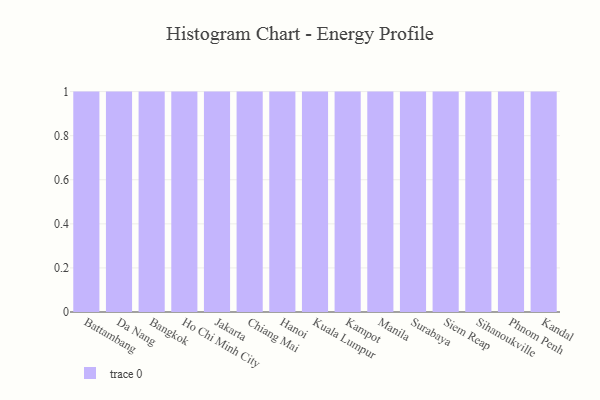
{"axis": {"x": "City", "y": "Customer Acquisition Cost (USD)"}, "legend": [""], "data": [{"x": "Battambang", "y": 90, "type": ""}, {"x": "Da Nang", "y": 95, "type": ""}, {"x": "Bangkok", "y": 56, "type": ""}, {"x": "Ho Chi Minh City", "y": 69, "type": ""}, {"x": "Jakarta", "y": 1, "type": ""}, {"x": "Chiang Mai", "y": 19, "type": ""}, {"x": "Hanoi", "y": 94, "type": ""}, {"x": "Kuala Lumpur", "y": 78, "type": ""}, {"x": "Kampot", "y": 76, "type": ""}, {"x": "Manila", "y": 2, "type": ""}, {"x": "Surabaya", "y": 62, "type": ""}, {"x": "Siem Reap", "y": 32, "type": ""}, {"x": "Sihanoukville", "y": 48, "type": ""}, {"x": "Phnom Penh", "y": 48, "type": ""}, {"x": "Kandal", "y": 74, "type": ""}]}